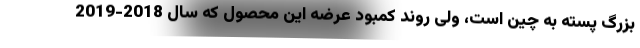
بزرگ پسته به چین است، ولی روند کمبود عرضه این محصول که سال 2018-2019